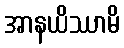
အာနယိဿာမိ